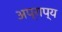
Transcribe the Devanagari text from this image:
अप्राप्‍य